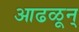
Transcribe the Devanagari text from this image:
आढळून्